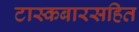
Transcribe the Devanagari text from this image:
टास्कबारसहित